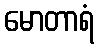
မောတာရံ